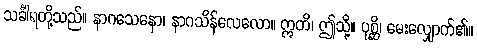
သင်္ခါရတို့သည်။ နာဂသေနော၊ နာဂသိန်လေလော။ ဣတိ၊ ဤသို့။ ပုစ္ဆိ၊ မေးလျှောက်၏။